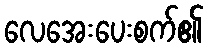
လေအေးပေးစက်၏